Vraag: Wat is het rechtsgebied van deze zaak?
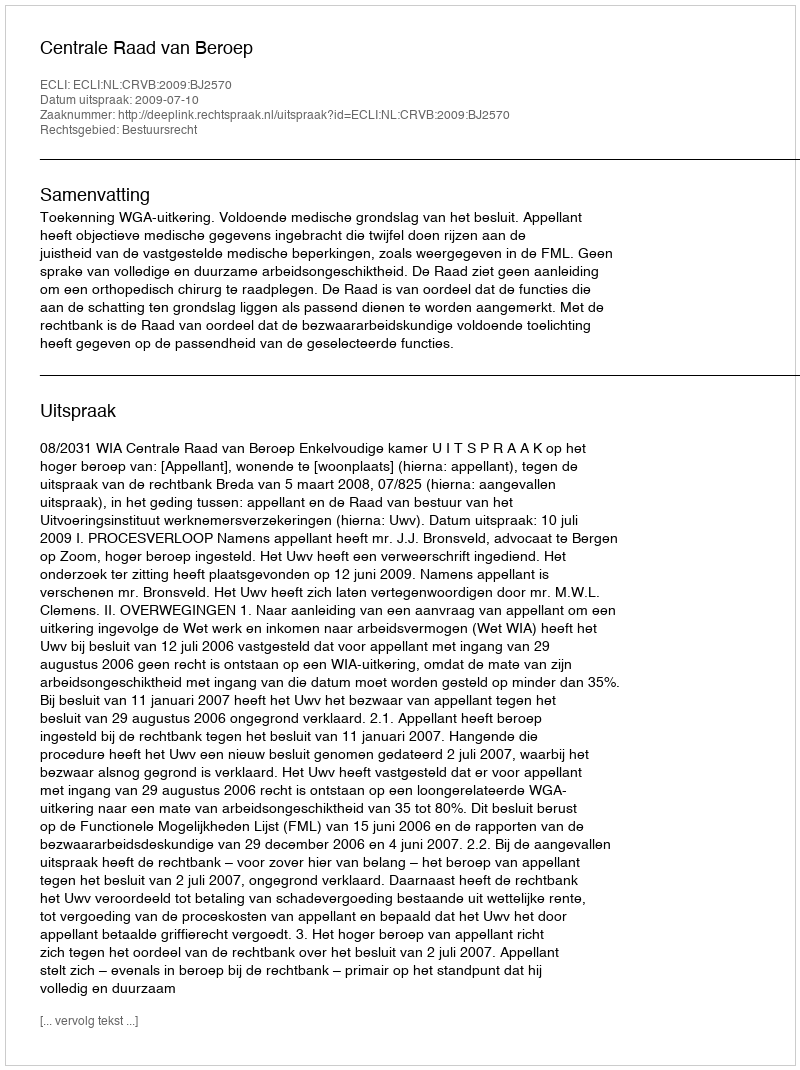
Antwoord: Bestuursrecht